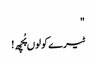
"
ٹیرے کولوں پُچھ!